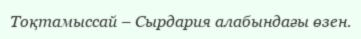
Тоқтамыссай – Сырдария алабындағы өзен.